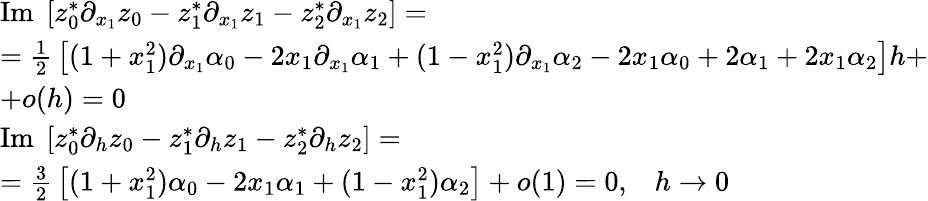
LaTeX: \begin{array}{l}{{\mathrm{Im}\; \left[z_{0}^{*}\partial_{x_{1}}z_{0}-z_{1}^{*}\partial_{x_{1}}z_{1}-z_{2}^{*}\partial_{x_{1}}z_{2}\right]=}}\\ {{={\frac{1}{2}}\left[(1+x_{1}^{2})\partial_{x_{1}}\alpha_{0}-2x_{1}\partial_{x_{1}}\alpha_{1}+(1-x_{1}^{2})\partial_{x_{1}}\alpha_{2}-2x_{1}\alpha_{0}+2\alpha_{1}+2x_{1}\alpha_{2}\right]h+}}\\ {{+o(h)=0}}\\ {{\mathrm{Im}\; \left[z_{0}^{*}\partial_{h}z_{0}-z_{1}^{*}\partial_{h}z_{1}-z_{2}^{*}\partial_{h}z_{2}\right]=}}\\ {{={\frac{3}{2}}\left[(1+x_{1}^{2})\alpha_{0}-2x_{1}\alpha_{1}+(1-x_{1}^{2})\alpha_{2}\right]+o(1)=0,\; \; \; h\to 0}}\end{array}